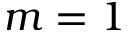
m = 1